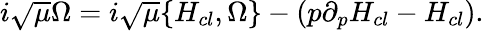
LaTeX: \begin{array}{r}{i\sqrt{\mu}\Omega=i\sqrt{\mu}\{ H_{cl},\Omega\} -(p\partial_{p}H_{cl}-H_{cl}).}\end{array}